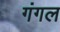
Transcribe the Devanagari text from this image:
गंगल